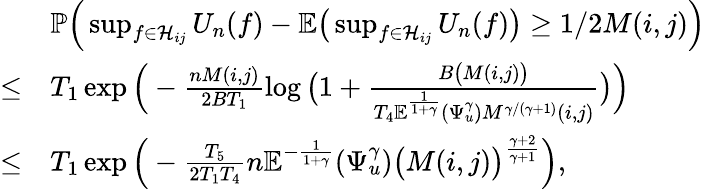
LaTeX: \begin{array}{rl}&{\mathbb{P}\Big(\operatorname*{sup}_{f\in\mathcal{H}_{ij}}U_{n}(f)-\mathbb{E}\big(\operatorname*{sup}_{f\in\mathcal{H}_{ij}}U_{n}(f)\big)\geq 1/2M(i,j)\Big)}\\ {\leq}&{T_{1}\exp\Big(-\frac{nM(i,j)}{2BT_{1}}\log\big(1+\frac{B\big(M(i,j)\big)}{T_{4}\mathbb{E}^{\frac{1}{1+\gamma}}(\Psi_{u}^{\gamma})M^{\gamma/(\gamma+1)}(i,j)}\big)\Big)}\\ {\leq}&{T_{1}\exp\Big(-\frac{T_{5}}{2T_{1}T_{4}}n\mathbb{E}^{-\frac{1}{1+\gamma}}(\Psi_{u}^{\gamma})\big(M(i,j)\big)^{\frac{\gamma+2}{\gamma+1}}\Big),}\end{array}